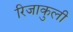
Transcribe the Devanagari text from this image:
रिजाकुली